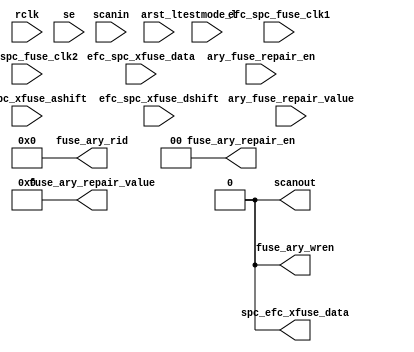
module cmp_sram_redhdr (/*AUTOARG*/
   // Outputs
   fuse_ary_wren, fuse_ary_rid, fuse_ary_repair_value, 
   fuse_ary_repair_en, spc_efc_xfuse_data, scanout, 
   // Inputs
   rclk, se, scanin, arst_l, testmode_l, efc_spc_fuse_clk1, 
   efc_spc_fuse_clk2, efc_spc_xfuse_data, efc_spc_xfuse_ashift, 
   efc_spc_xfuse_dshift, ary_fuse_repair_value, ary_fuse_repair_en
   );

   input		rclk;
   input		se;
   input		scanin;			// CMP clock, L1 phase
   input    arst_l;
   input    testmode_l;

   // eFuse controller interface
   input		efc_spc_fuse_clk1;
   input		efc_spc_fuse_clk2;
   input		efc_spc_xfuse_data;
   input		efc_spc_xfuse_ashift;	// addr shift; low during rst
   input		efc_spc_xfuse_dshift;	// data shift; low during rst

   // interface to cache redundancy logic
   input [7:0] ary_fuse_repair_value;  //data out for redundancy register
   input [1:0] ary_fuse_repair_en;     //enable bits out 
   

   // outputs
   // interface to icache
   output      fuse_ary_wren;         //redundancy reg wr enable, qualified
   output [5:0] fuse_ary_rid;         //redundancy register id
   output [7:0] fuse_ary_repair_value;//data in for redundancy register
   output [1:0] fuse_ary_repair_en;   //enable bits to turn on redundancy

   // serial rd data to controller
   output       spc_efc_xfuse_data;

   // normal scan out
   output       scanout;


   assign fuse_ary_wren = 1'b0;
   assign fuse_ary_rid = 6'b0;
   assign fuse_ary_repair_value = 8'b0;
   assign fuse_ary_repair_en = 2'b0;
   assign spc_efc_xfuse_data = 1'b0;
   assign scanout = 1'b0;



















































































































   
endmodule